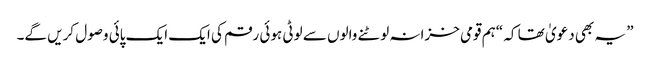
” یہ بھی دعویٰ تھا کہ “ہم قومی خزانہ لوٹنے والوں سے لوٹی ہوئی رقم کی ایک ایک پائی وصول کریں گے۔